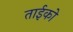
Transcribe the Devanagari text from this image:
ताईको